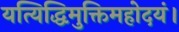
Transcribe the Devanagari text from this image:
यत्यिद्धिमुक्तिमहोदयं।